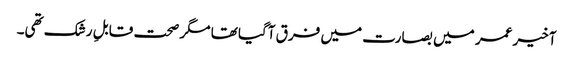
آخیر عمر میں بصارت میں فرق آگیا تھا مگر صحت قابلِ رشک تھی۔